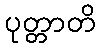
ပုတ္တာတိ